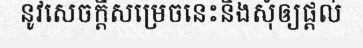
នូវសេចក្តីសម្រេចនេះនិងសុំឲ្យផ្តល់